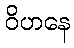
ဝိဟနေ